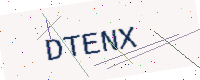
Text: DTENX